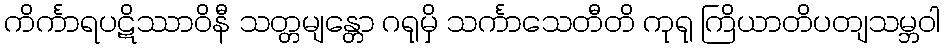
ကိင်္ကာရပဋိဿာဝိနီ သတ္တမျန္တော ဂရုမှိ သင်္ကာသေတီတိ ကုရု ကြိယာတိပတျသမ္ဘဝါ